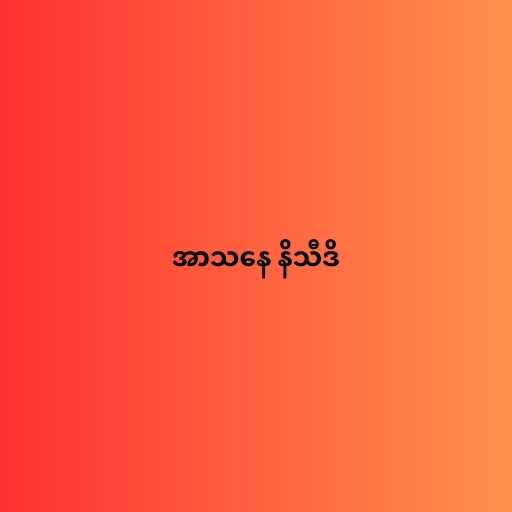
အာသနေ နိသီဒိ